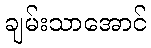
ချမ်းသာအောင်